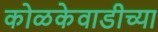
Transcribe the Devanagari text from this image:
कोळकेवाडीच्या